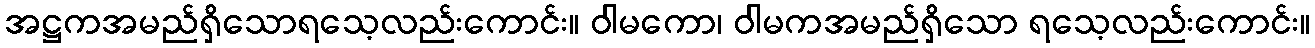
အဋ္ဌကအမည်ရှိသောရသေ့လည်းကောင်း။ ဝါမကော၊ ဝါမကအမည်ရှိသော ရသေ့လည်းကောင်း။